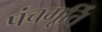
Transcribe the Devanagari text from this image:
पंचमूर्ति